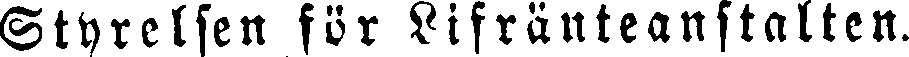
Styrelsen för Lifränteanstalten.